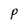
Character: P